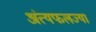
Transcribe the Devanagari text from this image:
अंत्यफलज्या